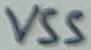
Text: VSS